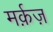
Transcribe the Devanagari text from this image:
मर्क़ज़